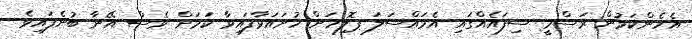
އެހެންކަމުން ރަސްމީ ސިފައެއްގައި އެމައްސަލަ ޕޮލިހަށް ހުށައަޅާފައިވާ ކަމަށް ވެސް އޭނާ ބުނެފައިވެ